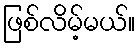
ဖြစ်လိမ့်မယ်။